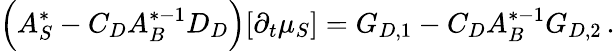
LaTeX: \Big(A_{S}^{*}-C_{D}A_{B}^{*-1}D_{D}\Big)[\partial_{t}\mu_{S}]=G_{D,1}-C_{D}A_{B}^{*-1}G_{D,2}\, .